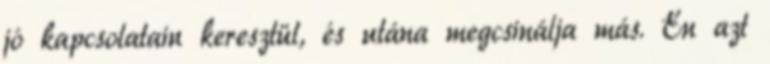
jó kapcsolatain keresztül, és utána megcsinálja más. Én azt